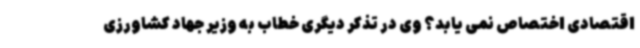
اقتصادی اختصاص نمی یابد؟ وی در تذکر دیگری خطاب به وزیر جهاد کشاورزی